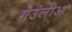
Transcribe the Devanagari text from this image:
गउंलीआ